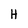
Character: H